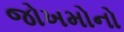
જોખમોનો